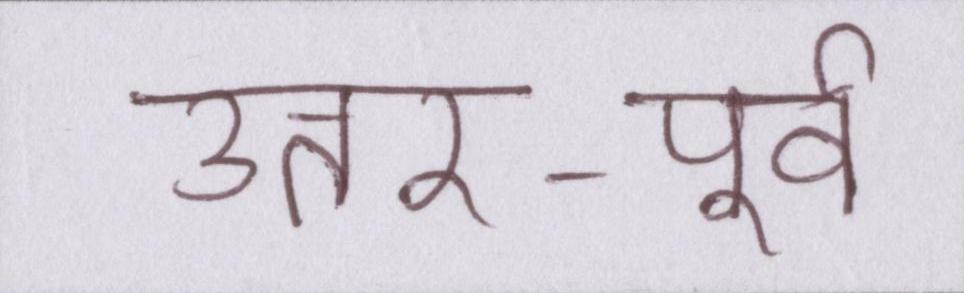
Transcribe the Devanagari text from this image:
उत्तर-पूर्व